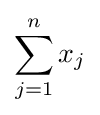
\sum _{j=1}^{n}x_{j}